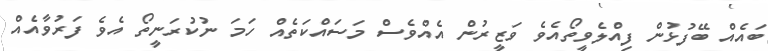
ބައެއް ބޭފުޅުން ފިއްލެވީތޯއެވެ ވަޒީރުން އެއްވެސް މަސައްކަތެއް ހަމަ ނުކުރަނީތޯ އެވެ ފަރުވާއެއް